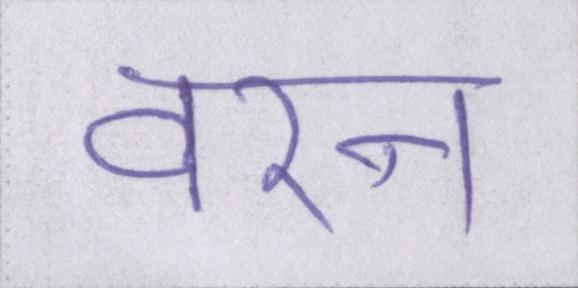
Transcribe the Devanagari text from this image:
वरन